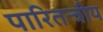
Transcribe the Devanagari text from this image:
पारितन्त्रीय